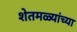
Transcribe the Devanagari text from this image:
शेतमळ्यांच्या